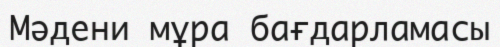
Мәдени мұра бағдарламасы